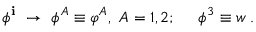
\phi ^ { \bf { i } } \ \rightarrow \ \phi ^ { A } \equiv \varphi ^ { A } , \ A = 1 , 2 ; \quad \ \phi ^ { 3 } \equiv w \; .